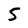
Character: 5